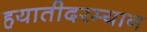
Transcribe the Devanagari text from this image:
हयातीदरम्यान